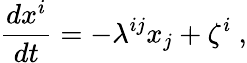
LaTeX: \frac{dx^{i}}{dt}=-\lambda^{ij}x_{j}+\zeta^{i}\ ,